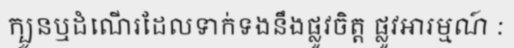
ក្បួនឬដំណើរដែលទាក់ទងនឹងផ្លូវចិត្ត ផ្លូវអារម្មណ៍ :